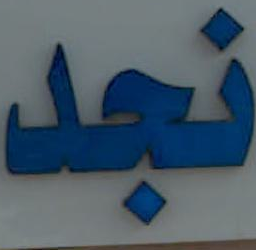
نجد